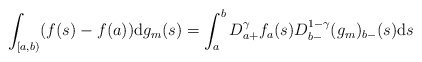
\begin{align*}\int_{\lbrack a,b)}(f(s)-f(a))\mathrm{d}g_{m}(s)=\int_{a}^{b}D_{a+}^{\gamma}f_{a}(s)D_{b-}^{1-\gamma }(g_{m})_{b-}(s)\mathrm{d}s \end{align*}